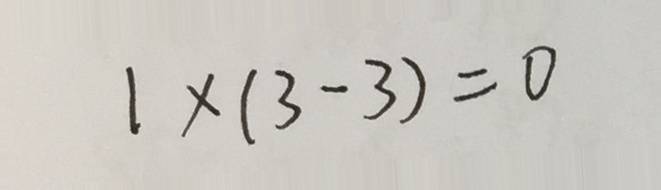
1 \times ( 3 - 3 ) = 0